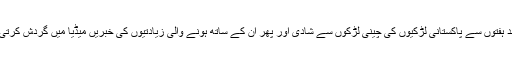
گزشتہ چند ہفتوں سے پاکستانی لڑکیوں کی چینی لڑکوں سے شادی اور پھر اُن کے ساتھ ہونے والی زیادتیوں کی خبریں میڈیا میں گردش کرتی رہی ہیں۔